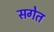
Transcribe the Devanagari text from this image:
सगेत